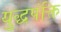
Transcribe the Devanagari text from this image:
युद्धपंक्ति